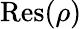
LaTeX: {\mathrm{Res}}(\rho)